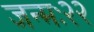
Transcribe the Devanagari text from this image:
जन्मः२२